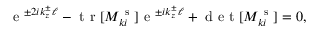
\mathrm { ~ e ~ } ^ { \pm 2 i k _ { z } ^ { \pm } \ell } - \mathrm { ~ t ~ r ~ } [ M _ { k i } ^ { \mathrm { ~ s ~ } } ] \mathrm { ~ e ~ } ^ { \pm i k _ { z } ^ { \pm } \ell } + \mathrm { ~ d ~ e ~ t ~ } [ M _ { k i } ^ { \mathrm { ~ s ~ } } ] = 0 ,